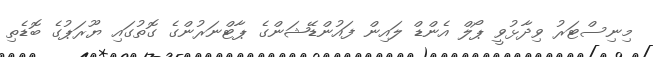
މިނިސްޓަރު ވިދާޅުވީ ޕޯލް އެންޑް ލައިން ފައުންޑޭޝަންގެ ޕާޓްނަރުންގެ ގޮތުގައި ޔޫރަޕުގެ ބޮޑެތި